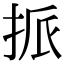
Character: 挀